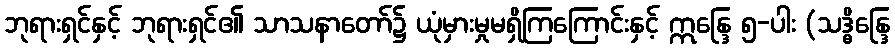
ဘုရားရှင်နှင့် ဘုရားရှင်၏ သာသနာတော်၌ ယုံမှားမှုမရှိကြကြောင်းနှင့် ဣန္ဒြေ ၅-ပါး (သဒ္ဓိန္ဒြေ